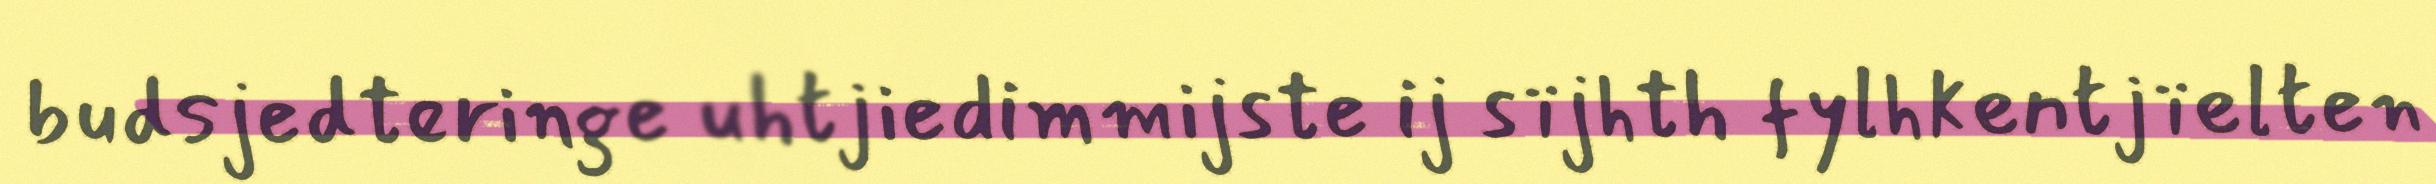
budsjedteringe uhtjiedimmijste ij sïjhth fylhkentjïelten